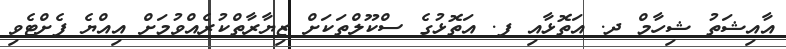
އާއިޝަތު ޝިހާމް ދ. އަތޮޅާއި ފ. އަތޮޅުގެ ސްކޫލްތަކަށް ޒިޔާރާތްކުރެއްވުމަށް އިއްޔެ ފެށްޓެވި